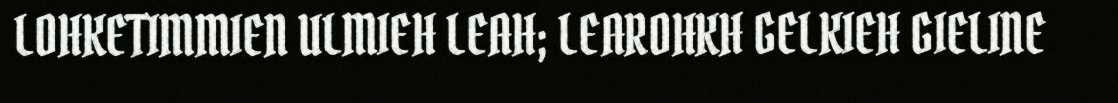
LOHKETIMMIEN ULMIEH LEAH; LEAROHKH GELKIEH GIELINE